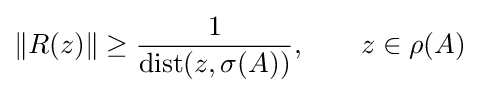
\Vert R(z)\Vert \geq {\frac {1}{\operatorname {dist} (z,\sigma (A))}},\qquad z\in \rho (A)